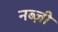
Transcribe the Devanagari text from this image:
नब्ज़ी